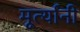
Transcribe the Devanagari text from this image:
मूर्त्यांनी